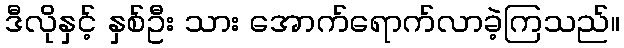
ဒီလိုနှင့် နှစ်ဦး သား အောက်ရောက်လာခဲ့ကြသည်။